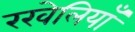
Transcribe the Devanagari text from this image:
रखेलियाँ